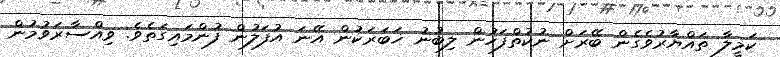
ކަމީލާ ތައްޔާރުވެގެން ބޭރަށް ނުކުތްފަހުން ލިބުނު ޚަބަރަކުން އޭނަ އުފަލުން ފުންމައިގަތެވެ. ވިއްސާރަވުމުން